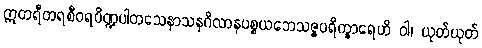
ဣတရီတရစီဝရပိဏ္ဍပါတသေနာသနဂိလာနပစ္စယဘေသဇ္ဇပရိက္ခာရေဟိ ဝါ၊ ယုတ်ယုတ်